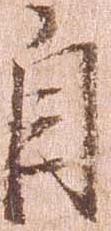
自